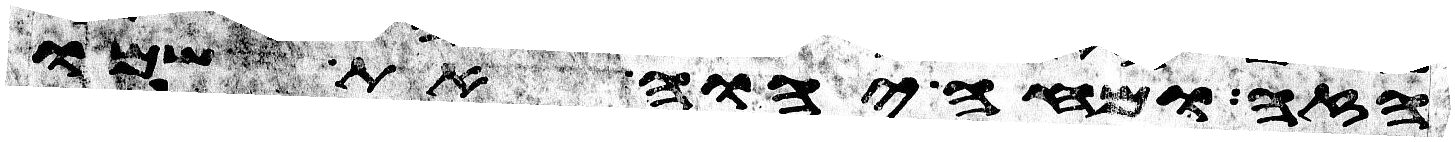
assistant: הזה ומחה יהוה את שמו